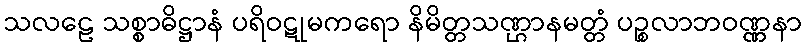
သလဠေ သစ္စာဓိဋ္ဌာနံ ပရိဝဋုမကရော နိမိတ္တသဏ္ဌာနမတ္တံ ပဉ္စလာဘဝဏ္ဏနာ